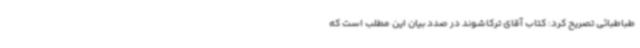
طباطبائی تصریح کرد: کتاب آقای ترکاشوند در صدد بیان این مطلب است که